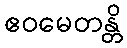
ဧဝမေတန္တိ